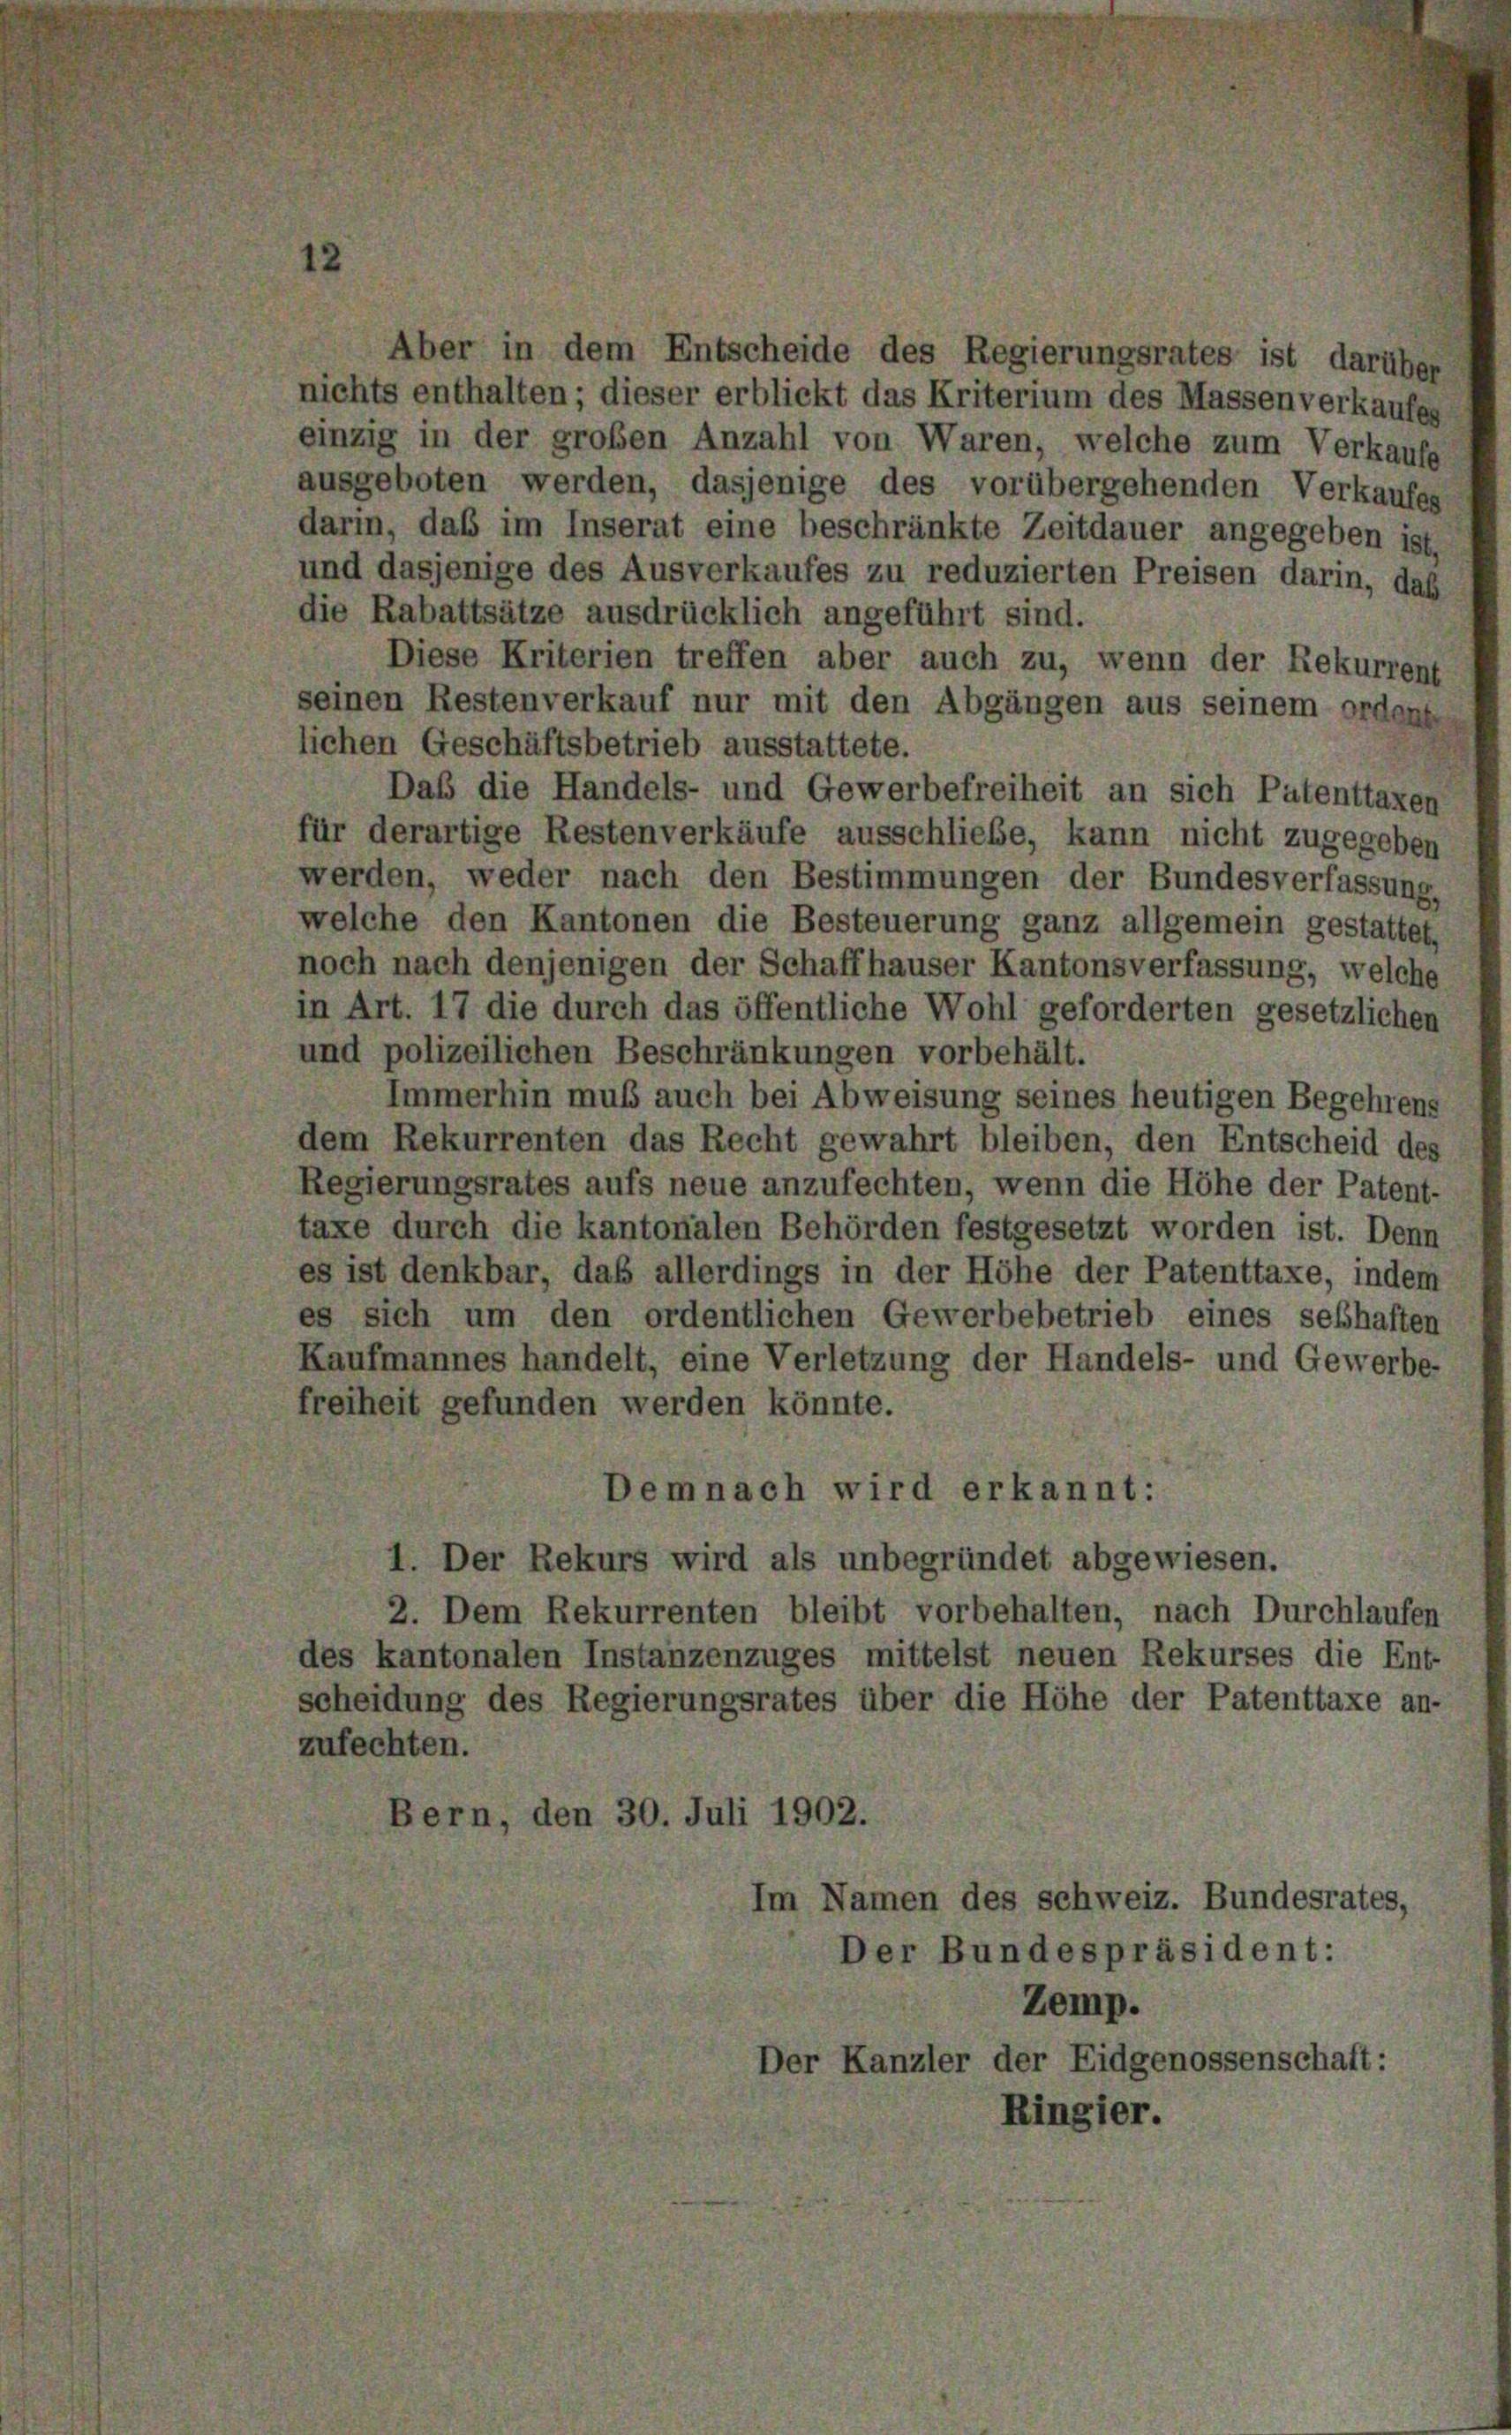
Aber in dem Entscheide des Regierungsrates ist darüber
nichts enthalten; dieser erblickt das Kriterium des Massen verkaufes
einzig in der großen Anzahl von Waren, welche zum Verkaufe
ausgeboten werden, dasjenige des vorübergehenden Verkaufes
darin, daß im Inserat eine beschränkte Zeitdauer angegeben ist,
und dasjenige des Ausverkaufes zu reduzierten Preisen darin, daß
die Rabattsätze ausdrücklich angeführt sind.
Diese Kriterien treffen aber auch zu, wenn der Rekurrent
seinen Restenverkauf nur mit den Abgängen aus seinem ordent
lichen Geschäftsbetrieb ausstattete.
Daß die Handels- und Gewerbefreiheit an sich Patenttaxen
für derartige Restenverkäufe ausschließe, kann nicht zugegeben
werden, weder nach den Bestimmungen der Bundesverfassung,
welche den Kantonen die Besteuerung ganz allgemein gestattet,
noch nach denjenigen der Schaffhauser Kantonsverfassung, welche
in Art. 17 die durch das öffentliche Wohl geforderten gesetzlichen
und polizeilichen Beschränkungen vorbehält.
Immerhin muß auch bei Abweisung seines heutigen Begehrens
dem Rekurrenten das Recht gewahrt bleiben, den Entscheid des
Regierungsrates aufs neue anzufechten, wenn die Höhe der Patent-
taxe durch die kantonalen Behörden festgesetzt worden ist. Denn
es ist denkbar, daß allerdings in der Höhe der Patenttaxe, indem
es sich um den ordentlichen Gewerbebetrieb eines seßhaften
Kaufmannes handelt, eine Verletzung der Handels- und Gewerbe-
freiheit gefunden werden könnte.
emnach wird erkannt:
1. Der Rekurs wird als unbegründet abgewiesen.
2. Dem Rekurrenten bleibt vorbehalten, nach Durchlaufen
des kantonalen Instanzenzuges mittelst neuen Rekurses die Ent-
scheidung des Regierungsrates über die Höhe der Patenttaxe an-
zufechten.
Bern, den 30. Juli 1902.
Im Namen des schweiz. Bundesrates,
Der Bundespräsident:
Zemp.
Der Kanzler der Eidgenossenschaft:
Ringier.